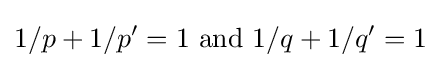
1/p+1/p'=1{\text{ and }}1/q+1/q'=1